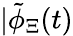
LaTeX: |\tilde{\phi}_{\Xi}(t)